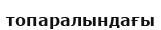
топаралындағы